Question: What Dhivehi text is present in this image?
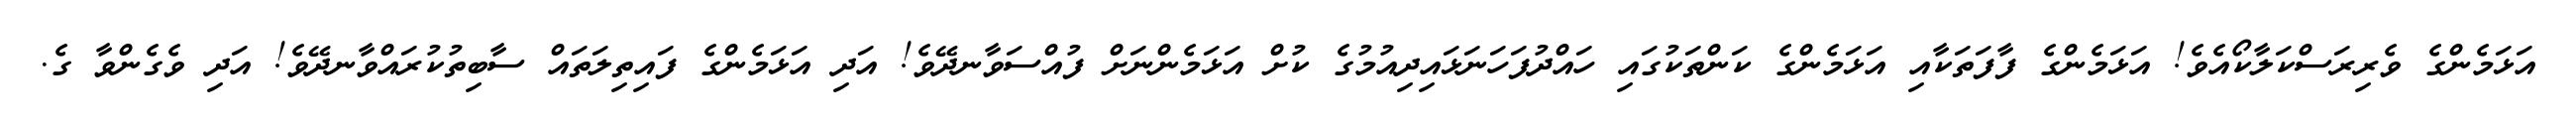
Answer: އަޅަމެންގެ ވެރިރަސްކަލާކޯއެވެ! އަޅަމެންގެ ފާފަތަކާއި އަޅަމެންގެ ކަންތަކުގައި ހައްދުފަހަނަޅައިދިއުމުގެ ކުށް އަޅަމެންނަށް ފުއްސަވާނދޭވެ! އަދި އަޅަމެންގެ ފައިތިލަތައް ސާބިތުކުރައްވާނދޭވެ! އަދި ވެގެންވާ ގެ.